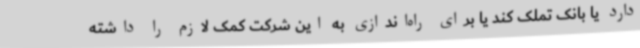
دارد یا بانک تملک کند یا برای راه‌اندازی به این شرکت کمک لازم را داشته